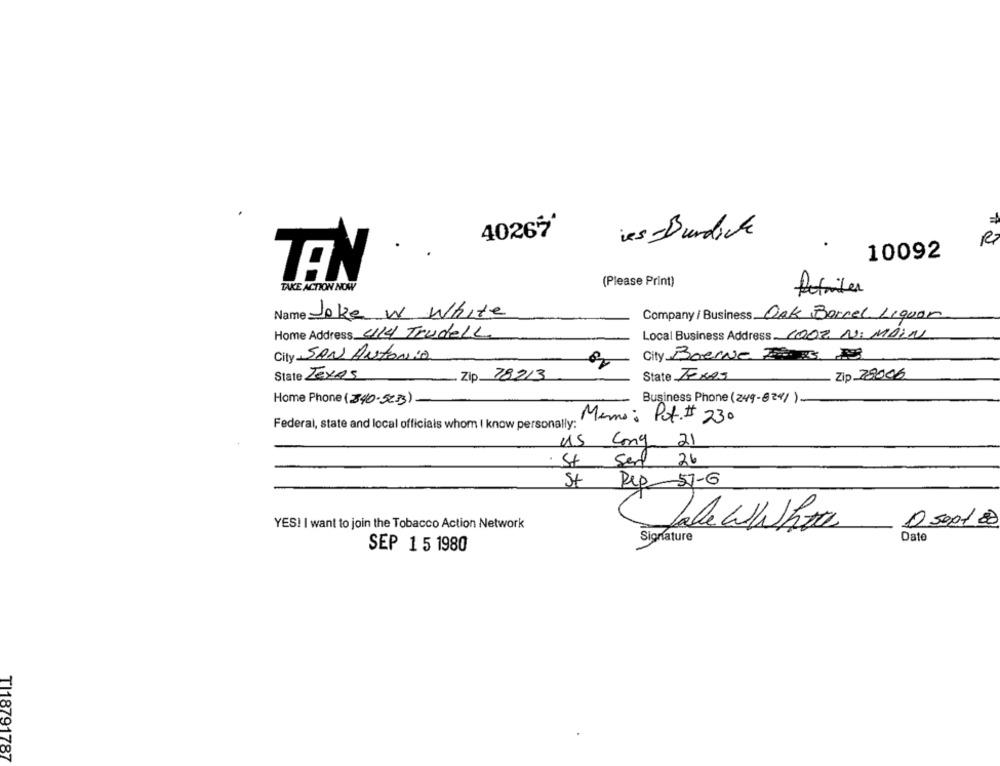
=
4026%*
ies Burdick
10092
TEN
(Please Print)
TAKE ACTION NOW
Retailer
Name Joke W White
Company / Business Oak Barrel Liquor
Home Address 414 Trudell
Local Business Address 1002 N: MAIN
City SAN ANTONia
City Boerne Tas AS
State Texas
Zip 78213
State TEXAS
Zip 78006
Business Phone (249-624/).
Home Phone (340-5233)
Memo : Pot. # 230
Federal, state and local officials whom I know personally:
US Cong 21
St Sert 26
St
Pep 57-6
YES! I want to join the Tobacco Action Network
Jale wWho
0 500100
Date
Signature
SEP 1 5 1980
TI18791787